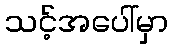
သင့်အပေါ်မှာ